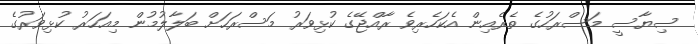
ސިޔާސީ މަސްރަހުގެ ތެރެއިން އެކަހެރިވެ ރާއްޖޭގެ ކުޅިވަރު މަސްރަހަށް ބަލާލުމުން މިއަހަރު ކުޅިވަރުގެ